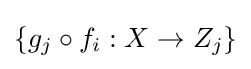
\left\{g_{j}\circ f_{i}:X\to Z_{j}\right\}